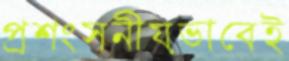
প্রশংসনীয়ভাবেই